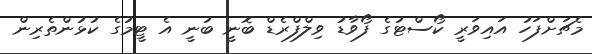
މެޗަށްފަހު އައިވަރީ ކޯސްޓުގެ ފޯވާޑު ވިލްފްރެޑް ބޮނީ ބުނީ އެ ޓީމުގެ ކުޅުންތެރިން